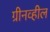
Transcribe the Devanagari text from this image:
ग्रीनव्हील